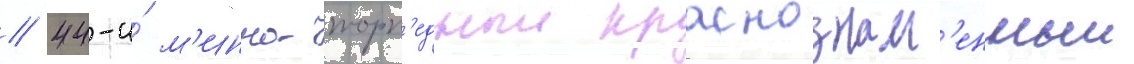
// 44-и́ м'инно-торп'едныи краснознам'енныи